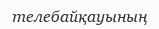
телебайқауының